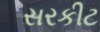
સરકીટ